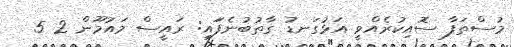
މުސްތަފާ ސޮއިކުރެއްވީ އަޅުގަނޑު ގާތުބުނެފަައި: ރައީސް މައުމޫން 2 5